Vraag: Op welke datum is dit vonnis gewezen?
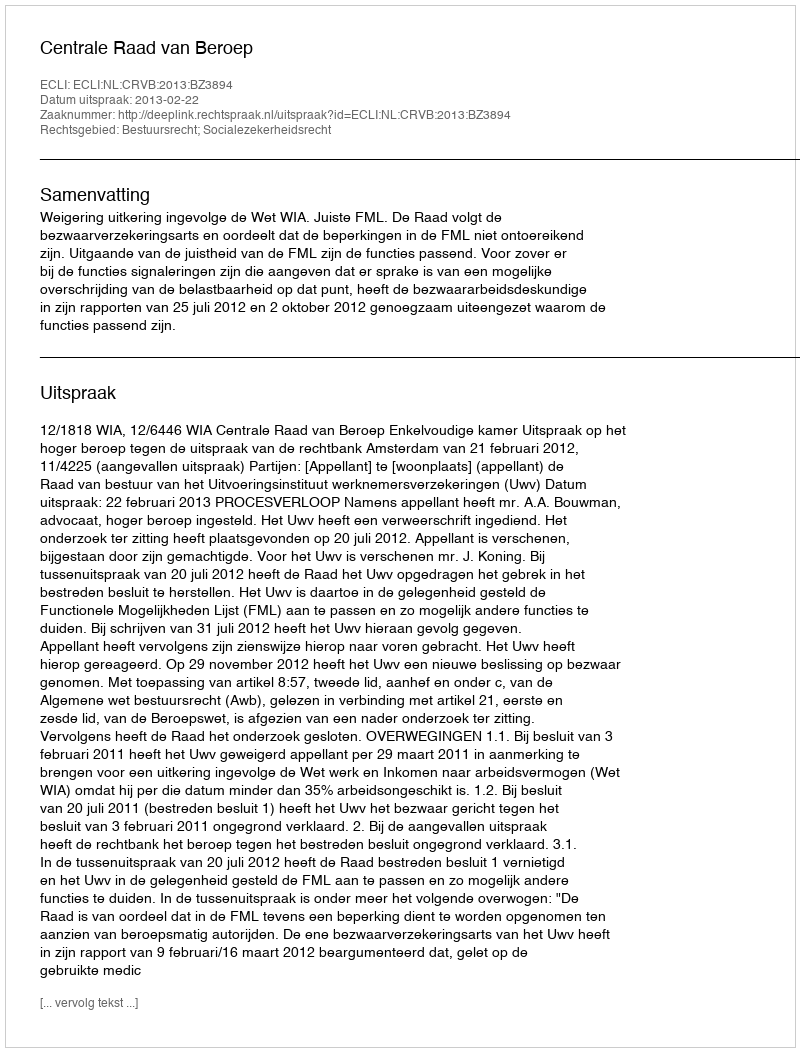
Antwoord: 2013-02-22